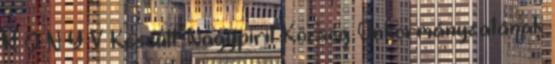
K Ö N Y V Készült: Nagypirit Község Önkormányzatának